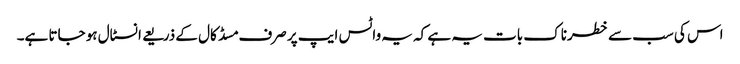
اس کی سب سے خطرناک بات یہ ہے کہ یہ واٹس ایپ پر صرف مسڈ کال کے ذریعے انسٹال ہو جاتا ہے۔